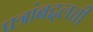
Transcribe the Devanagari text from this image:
पत्रांबद्दलची